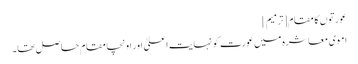
عورتوں کا مقام[ترمیم]
اموی معاشرہ میں عورت کو نہایت اعلیٰ اور اونچا مقام حاصل تھا۔